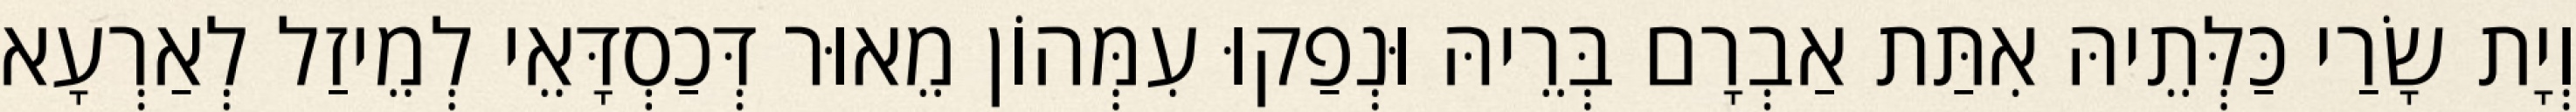
וְיָת שָׂרַי כַּלְּתֵיהּ אִתַּת אַבְרָם בְּרֵיהּ וּנְפַקוּ עִמְּהוֹן מֵאוּר דְּכַסְדָּאֵי לְמֵיזַל לְאַרְעָא